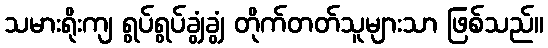
သမားရိုးကျ ရွပ်ရွပ်ချွံချွံ တိုက်တတ်သူများသာ ဖြစ်သည်။